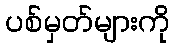
ပစ်မှတ်များကို